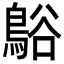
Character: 𪁴